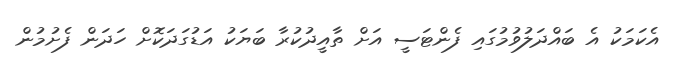
އެކަމަކު އެ ބައްދަލުވުމުގައި ފެންޓަސީ އަށް ތާއީދުކުރާ ބަޔަކު އަޑުގަދަކޮށް ހަދަން ފެށުމުން